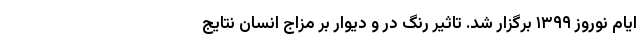
ایام نوروز ۱۳۹۹ برگزار شد. تاثیر رنگ در و دیوار بر مزاج انسان نتایج